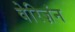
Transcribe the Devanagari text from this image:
वेरिज़ंन